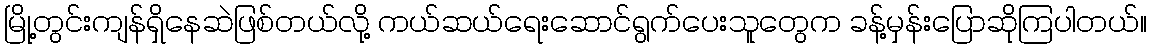
မြို့တွင်းကျန်ရှိနေဆဲဖြစ်တယ်လို့ ကယ်ဆယ်ရေးဆောင်ရွက်ပေးသူတွေက ခန့်မှန်းပြောဆိုကြပါတယ်။